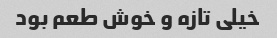
خیلی تازه و خوش طعم بود